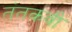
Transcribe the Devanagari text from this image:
तंतकवी